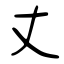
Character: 丈